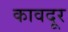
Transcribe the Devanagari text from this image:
कावदूर